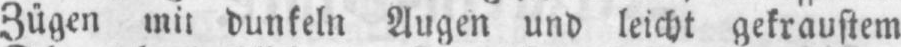
Zügen mit dunkeln Augen und leicht gekraustem